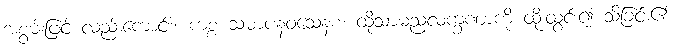
အစွမ်းဖြင့် လည်းကောင်း။ ကစ္စ သမာပနဝသေနစ၊ ထိုသာမညလက္ခဏာကို ထိုးထွင်း၍ သိခြင်း၏